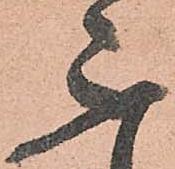
不